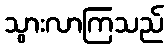
သွားလာကြသည်